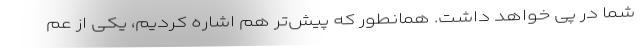
شما در پی خواهد داشت. همانطور که پیش‌تر هم اشاره کردیم، یکی از عم